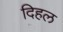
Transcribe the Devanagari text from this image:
दिहल